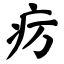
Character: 疠